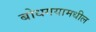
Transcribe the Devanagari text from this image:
बोधगयामधील